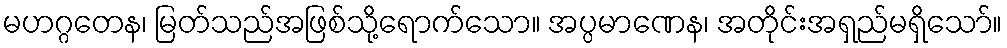
မဟဂ္ဂတေန၊ မြတ်သည်အဖြစ်သို့ရောက်သော။ အပ္ပမာဏေန၊ အတိုင်းအရှည်မရှိသော်။